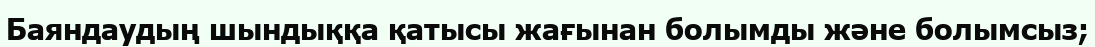
Баяндаудың шындыққа қатысы жағынан болымды және болымсыз;